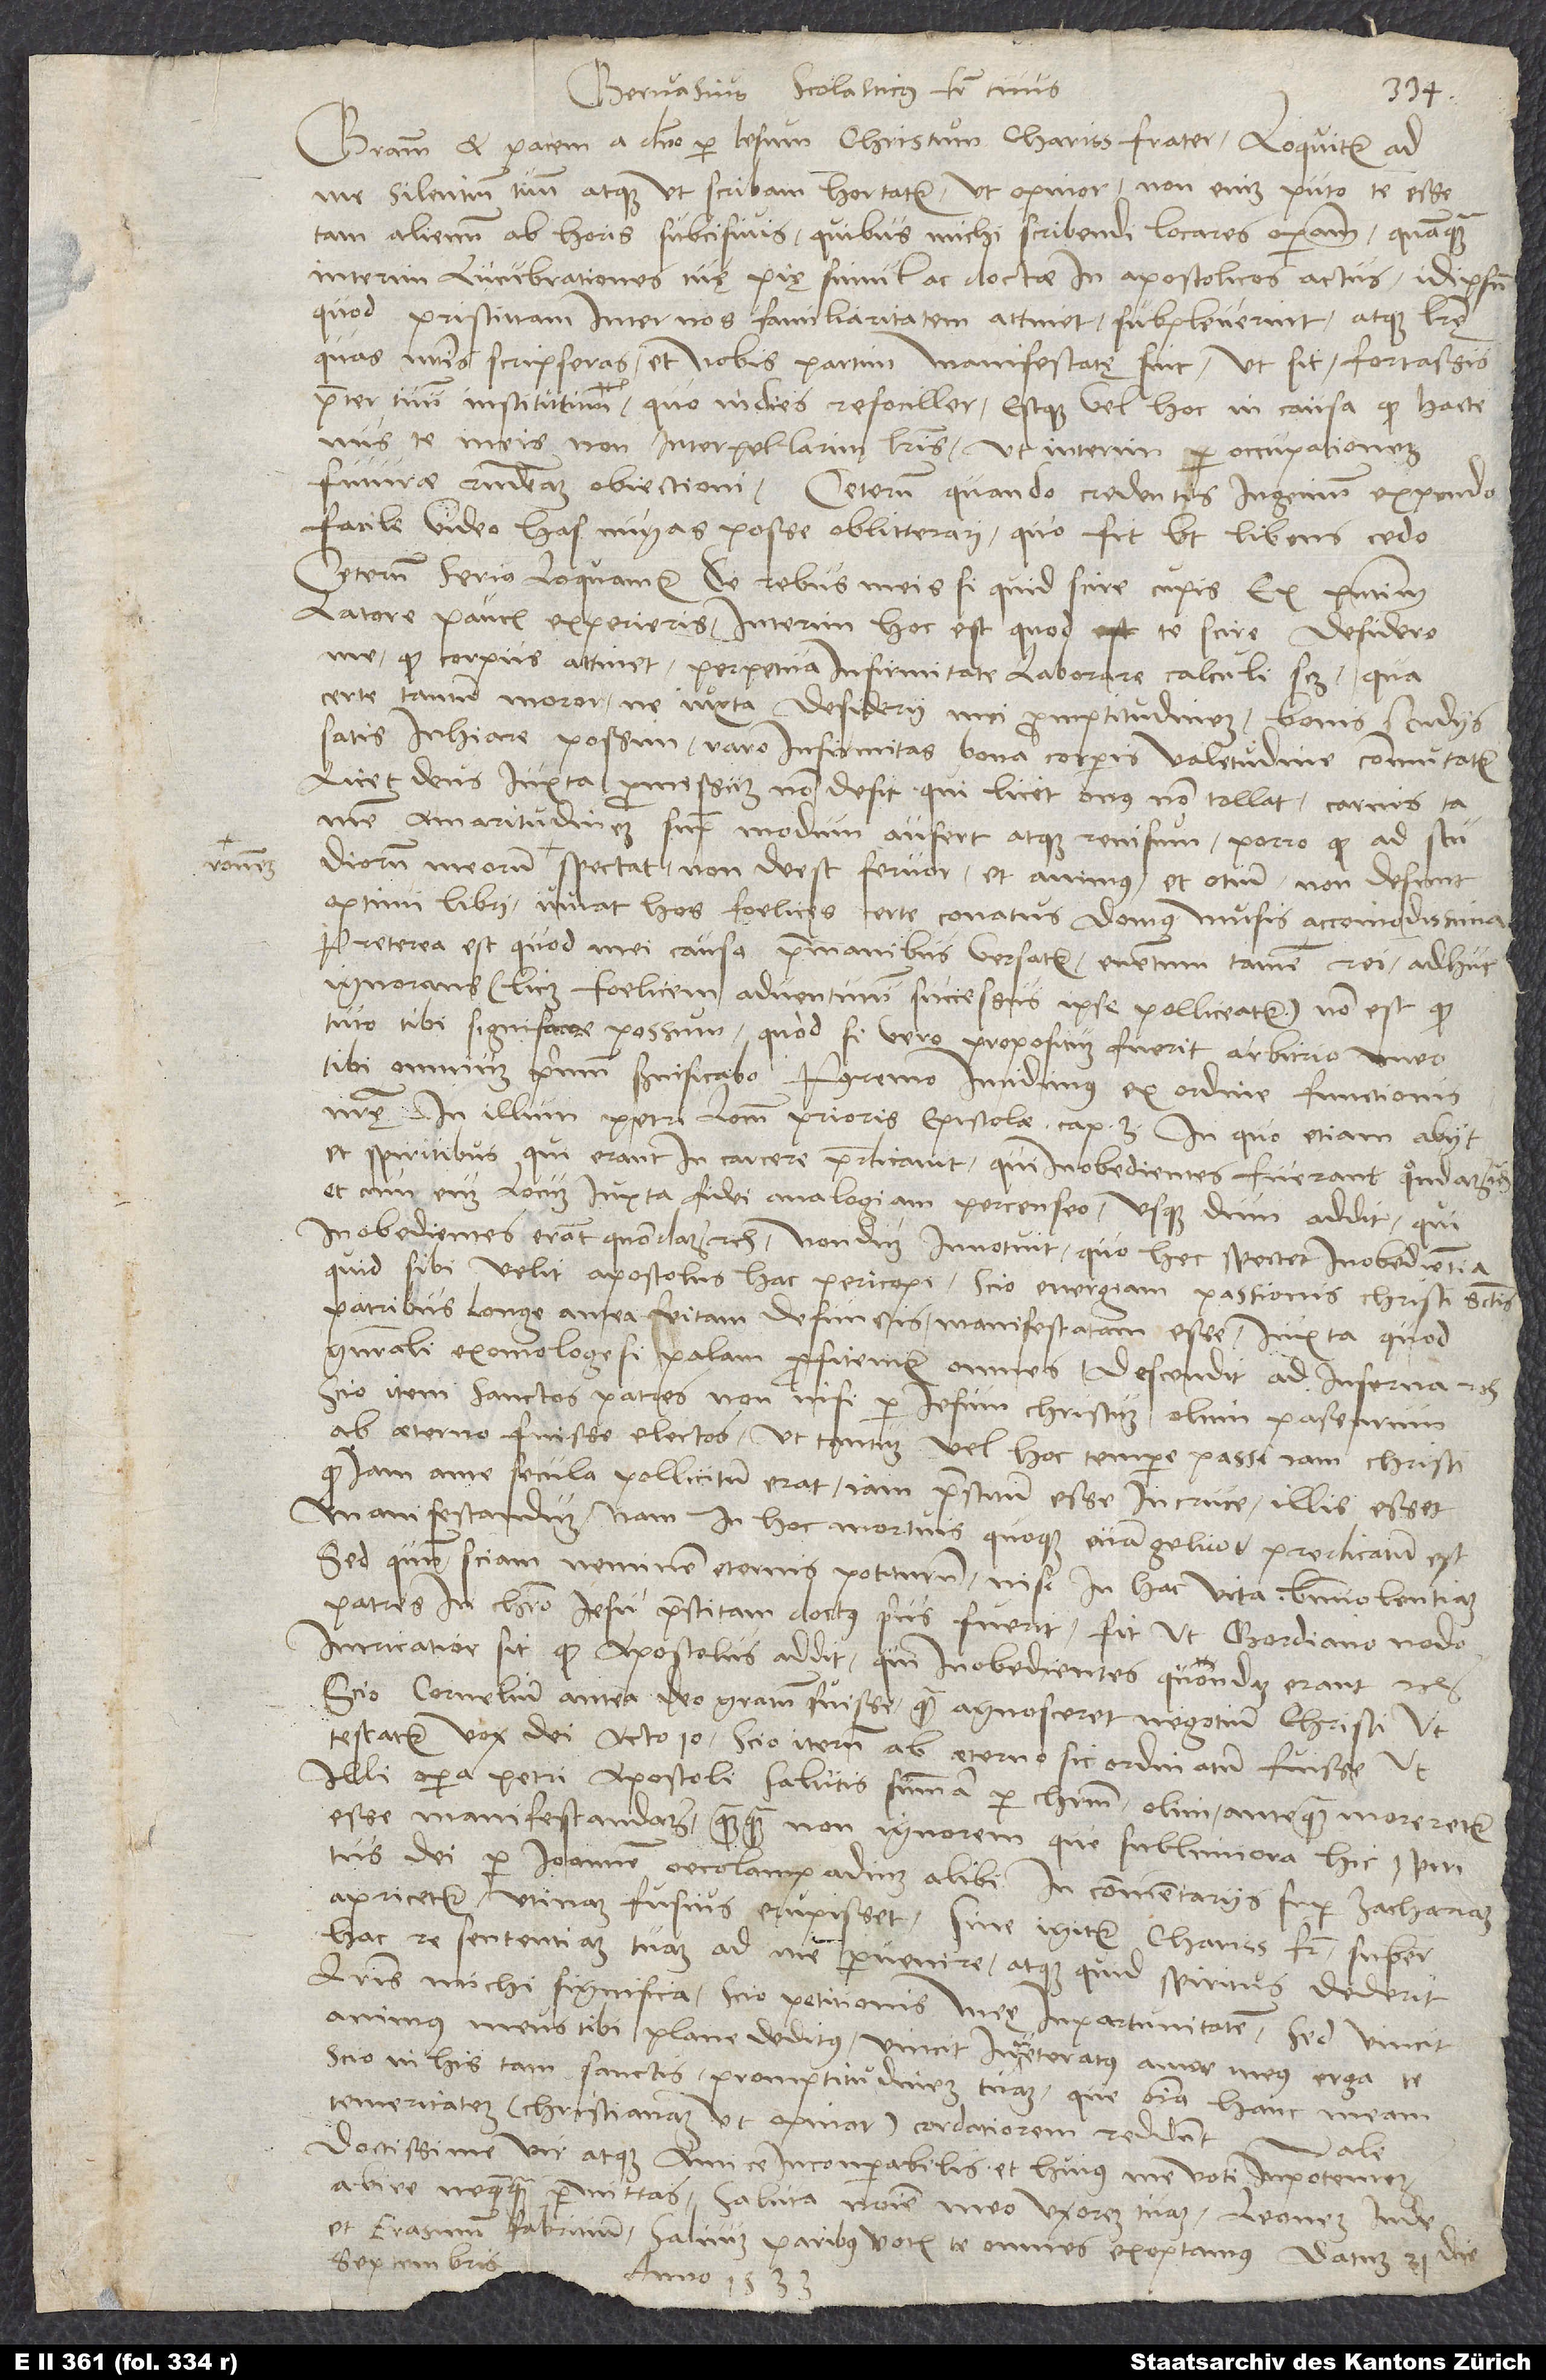
rationem

Gervasius Scolasticus, frater tuus.
Gratiam et pacem a domino per Iesum Christum, charissime frater. Loquitur ad
me silentium tuum atque, ut scribam, hortatur, ut opinor. Non enim puto te esse
tam alienum ab horis subcisivis, quibus michi scribendi locares operam, quamquam
interim lucubrationes tuae piae simul ac doctae in apostolicos Actus idipsum,
quod pristinam inter nos familiaritatem attinet, subpleverint atque litterae,
quas nostris scripseras, et nobis partim manifestatę sint, ut sit fortassis
praeter tuum institutum, quo in dies refociller. Estque vel hoc in causa, quod hactenus
te meis non interpellarim litteris, ut interim per occupationem
futurae respondeam obiectioni. Ceterum, quando credentis ingenium expendo,
facile video has nugas posse oblitterari, quo fit, ut libens cedo
Ceterum serio loquamur. De rebus meis si quid scire cupis, ex praesentium
latore paucis experieris. Interim hoc est, quod te scire desidero,
me, quod corpus attinet, perpetua infirmitate laborare, calculi scilicet, qua
certe tantum moror, ne iuxta desiderii mei promptitudinem bonis studiis
satis inhiare possim. Raro infirmitas bona corporis valetudine commutatur,
licet deus iuxta promissum non desit, qui licet onus non tollat, carnis tamen
amaritudinem supra modum aufert atque renisum. Porro, quod ad studiorum
spectat, non deest fervor et animus et otium, non desunt
optimi libri. Iuvat hos foelices certe conatus domus musis accomodissima.
Preterea est, quod mei causa prae manibus versatur, eventum tamen rei adhuc
ignorans - licet foelicem adventurum successus ipse polliceatur - non est quod
tuto tibi significare possum. Quod si vero propositum fuerit arbitrio meo,
tibi omnium primum significabo. Postremo incidimus ex ordine functionis
hac re sententiam tuam ad me pervenire atque, quid spiritus dederit,
litteris michi significa. Scio petitionis meę inportunitatem, sed vincit
animus meus tibi plane deditus, vincit inveteratus amor meus erga te.
Scio in his tam sanctis promptitudinem tuam. Que omnia hanc meam
temeritatem christianam, ut opinor, cordatiorem reddunt. Vale,
doctissime vir atque amice incomparabilis, et huius me voti inpotentem
abire nequaquam permittas. Saluta nomine meo uxorem tuam, Leonem Iude
et Erasmum Fabricium. Salvum paribus votis te omnes exoptamus. Datum 21. die
septembris
anno 1533.